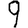
Digit: 9